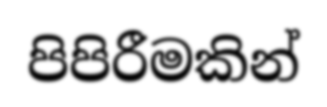
පිපිරීමකින්